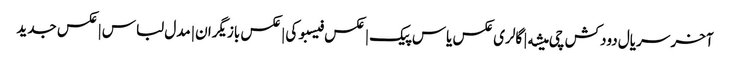
آخر سریال دودکش چی میشه | گالری عکس یاس پیک | عکس فیسبوکی | عکس بازیگران | مدل لباس | عکس جدید